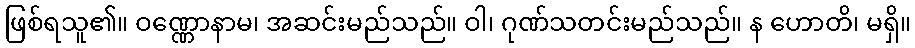
ဖြစ်ရသူ၏။ ဝဏ္ဏောနာမ၊ အဆင်းမည်သည်။ ဝါ၊ ဂုဏ်သတင်းမည်သည်။ န ဟောတိ၊ မရှိ။